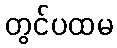
တွင်ပထမ